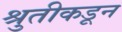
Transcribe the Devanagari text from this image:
श्रुतीकडून